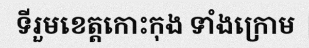
ទីរួមខេត្តកោះកុង ទាំងក្រោម